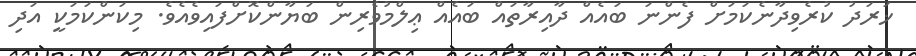
ޚަރަދު ކުރެވިދާނެކަމަށް ފެންނަ ބައެއް ދާއިރާތައް ބައެއް ޢިލްމުވެރިން ބަޔާންކޮށްފައިވެއެވެ. މިކަންކަމަކީ އަދި